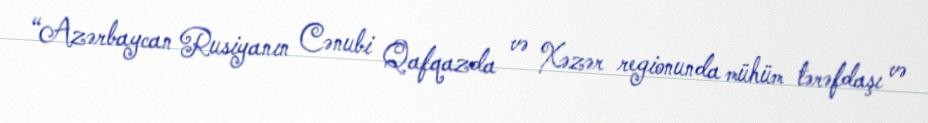
“Azərbaycan Rusiyanın Cənubi Qafqazda və Xəzər regionunda mühüm tərəfdaşı və